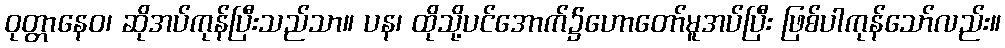
ဝုတ္တာနေဝ၊ ဆိုအပ်ကုန်ပြီးသည်သာ။ ပန၊ ထိုသို့ပင်အောက်၌ဟောတော်မူအပ်ပြီး ဖြစ်ပါကုန်သော်လည်း။